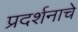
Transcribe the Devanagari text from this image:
प्रदर्शनाचे